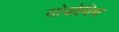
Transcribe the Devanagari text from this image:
योवोविच